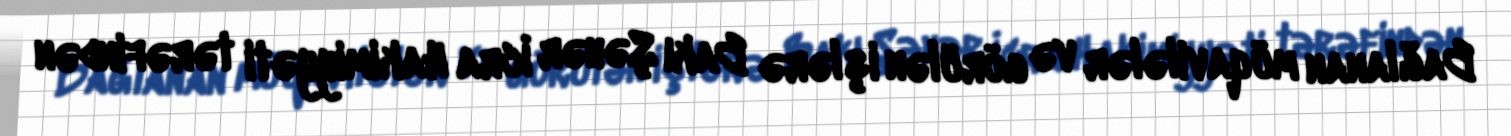
Bağlanan müqavilələr və görülən işlərə Bakı Şəhər İcra Hakimiyyəti tərəfindən